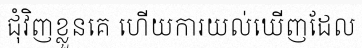
ជុំវិញខ្លួនគេ ហើយការយល់ឃើញដែល